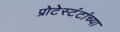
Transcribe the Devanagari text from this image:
प्रोटेस्टंटांच्या